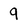
Character: 9